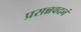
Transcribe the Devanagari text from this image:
प्रसन्नवदनं